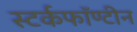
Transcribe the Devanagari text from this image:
स्टर्कफॉण्टीन